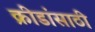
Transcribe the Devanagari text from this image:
क्रीडांसाठी